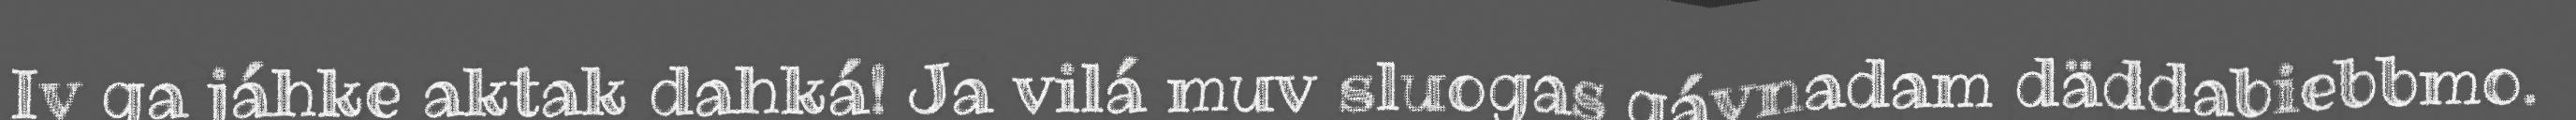
Iv ga jáhke aktak dahká! Ja vilá muv sluogas gávnadam däddabiebbmo.